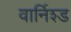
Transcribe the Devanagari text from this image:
वार्निश्ड